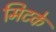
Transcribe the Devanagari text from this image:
मिटके